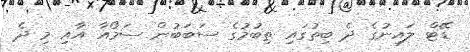
ޑޭޓް ލައިނުގެ ދެ ބިތުގައި ތިބުމުގެ ސަބަބުން ސަމޯއާ އާއި މި ދެ